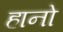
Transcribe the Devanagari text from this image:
हानो